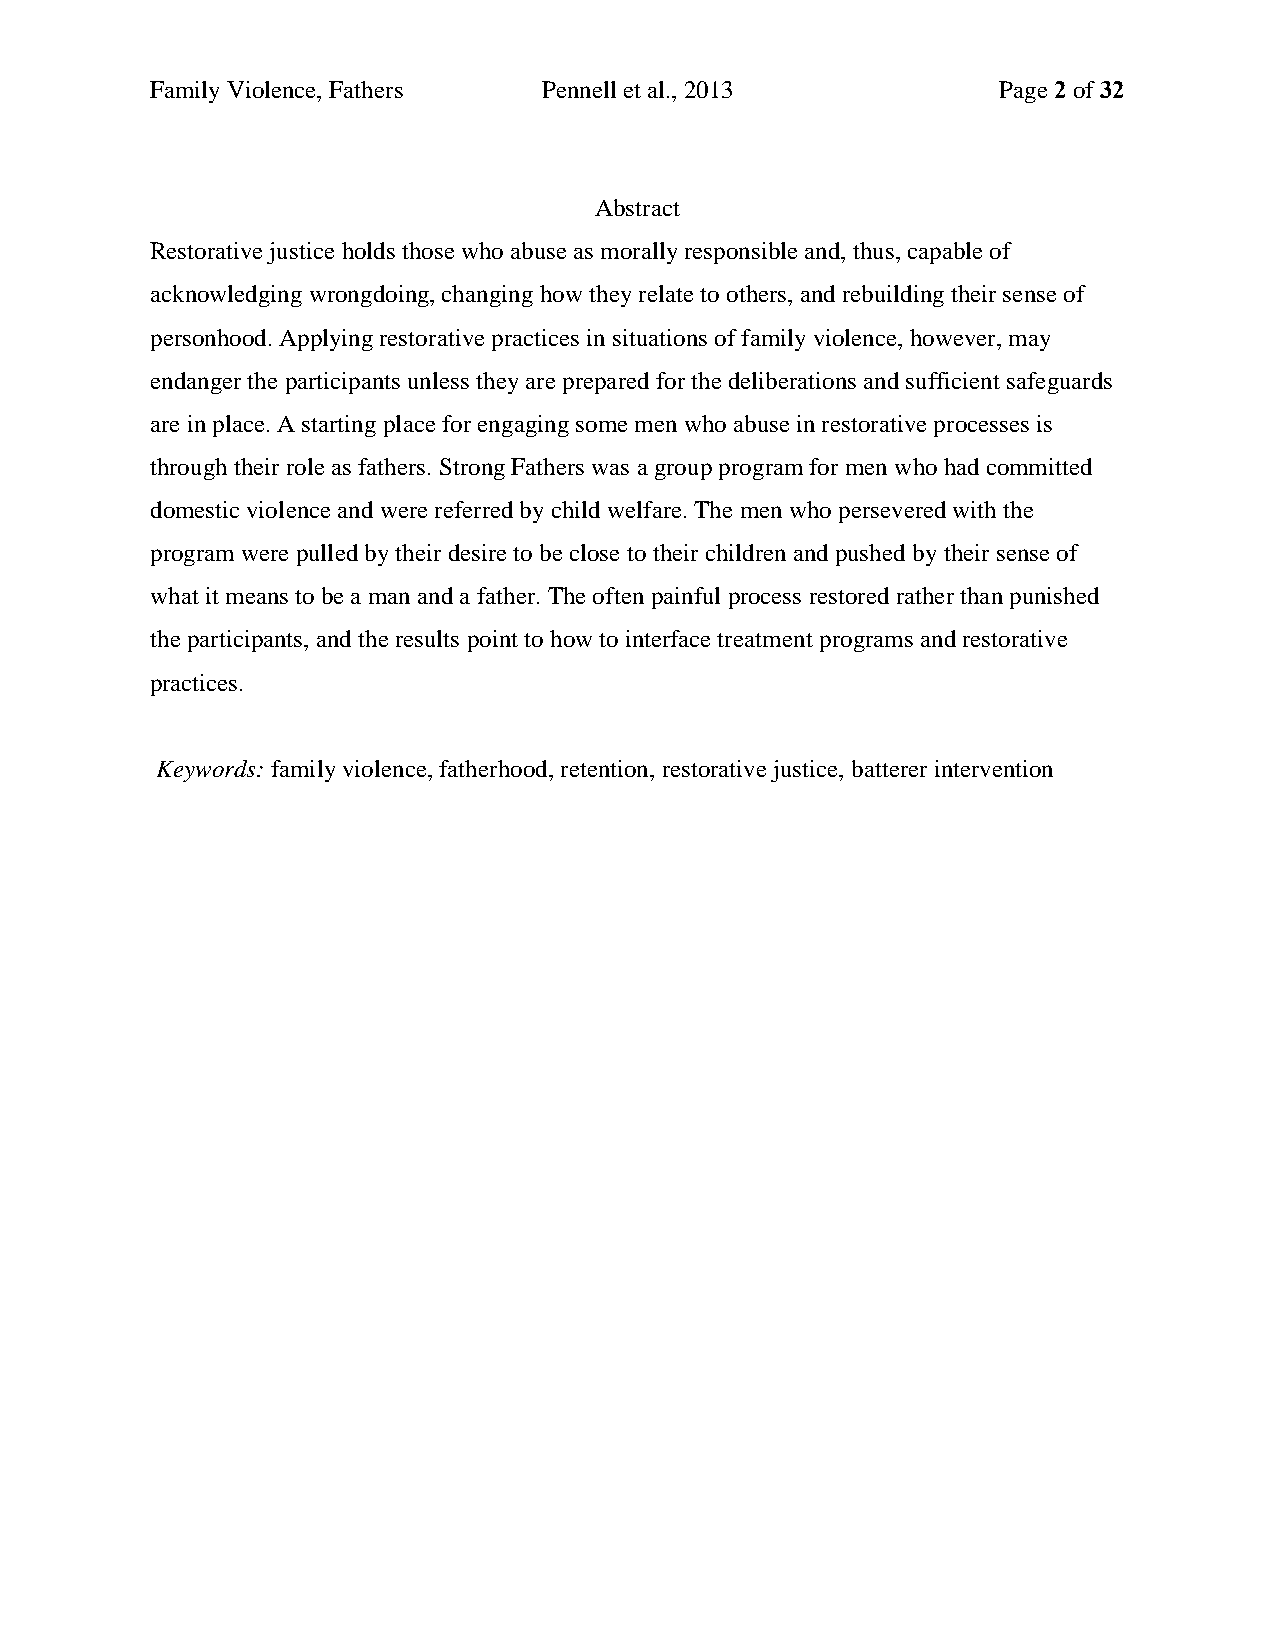
Family Violence, Fathers  Pennell et al., 2013          Page 2 of 32
 Abstract
 Restorative justice holds those who abuse as morally responsible and, thus, capable of
 acknowledging wrongdoing, changing how they relate to others, and rebuilding their sense of
 personhood. Applying restorative practices in situations of family violence, however, may
 endanger the participants unless they are prepared for the deliberations and sufficient safeguards
 are in place. A starting place for engaging some men who abuse in restorative processes is
 through their role as fathers. Strong Fathers was a group program for men who had committed
 domestic violence and were referred by child welfare. The men who persevered with the
 program were pulled by their desire to be close to their children and pushed by their sense of
 what it means to be a man and a father. The often painful process restored rather than punished
 the participants, and the results point to how to interface treatment programs and restorative
 practices.
 Keywords: family violence, fatherhood, retention, restorative justice, batterer intervention